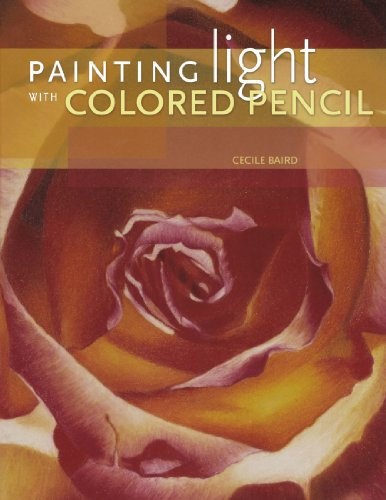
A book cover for Painting Light With Colored Pencil; Cecile Baird; Arts & Photography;